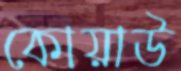
কোয়াউ